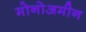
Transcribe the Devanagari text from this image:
मोनोअमीन